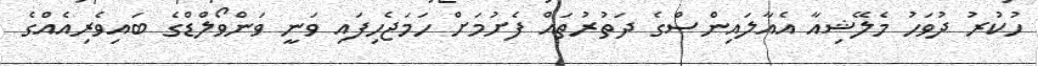
ހުކުރު ދުވަހު މެލޭޝިއާ އެއާލައިންސްގެ ދަތުރުތައް ފެށުމަށް ހަމަޖެހިފައި ވަނީ ވަންވޯލްޑްގެ ބައިވެރިއެއްގެ